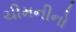
ચીમનીનો